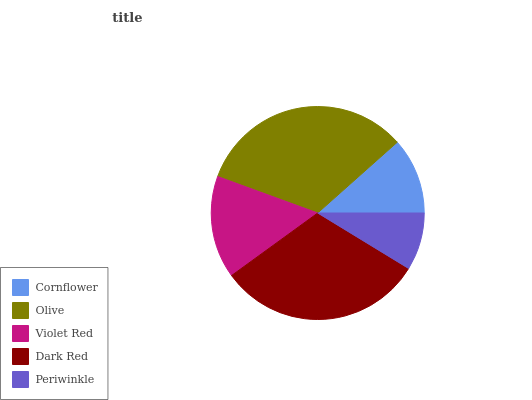
| Cornflower | Olive | Violet Red | Dark Red | Periwinkle |
 | --- | --- | --- | --- | --- |
 | 11.6% | 32.8% | 15.6% | 31.4% | 8.72% |